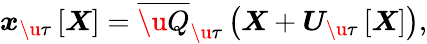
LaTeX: \boldsymbol{x}_{\u{\tau}}\left[\boldsymbol{X}\right]=\overline{{\u{Q}}}_{\u{\tau}}\left(\boldsymbol{X}+\boldsymbol{U}_{\u{\tau}}\left[\boldsymbol{X}\right]\right),